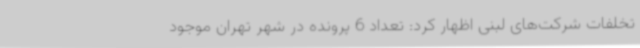
تخلفات شرکت‌های لبنی اظهار کرد: تعداد 6 پرونده در شهر تهران موجود